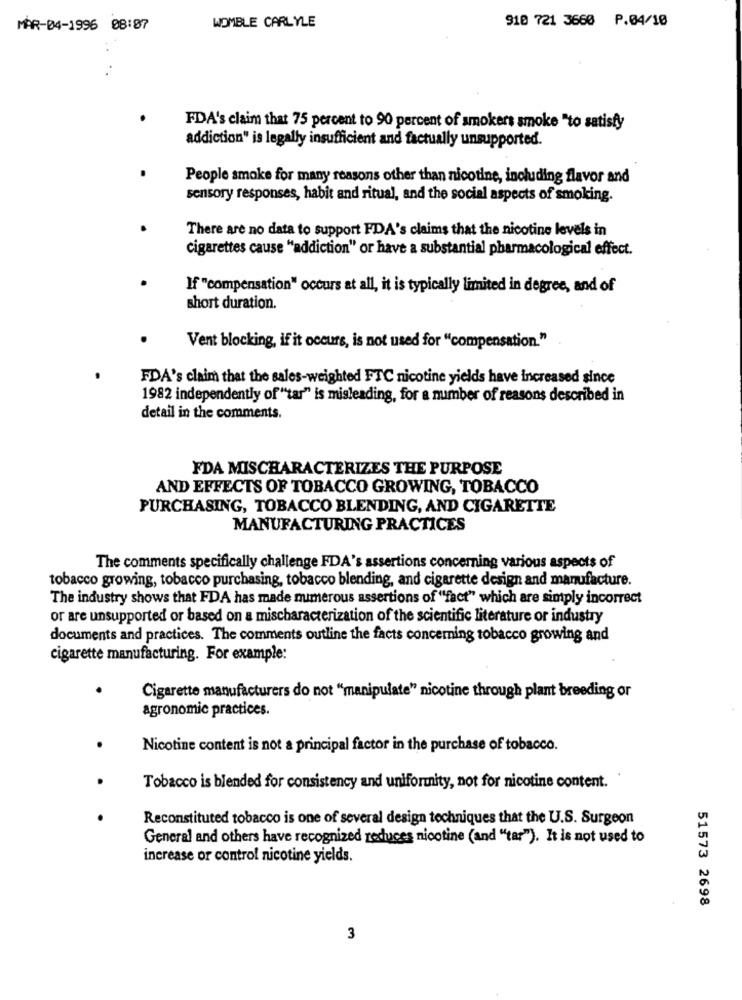
WOMBLE CARLYLE
910 721 3660 P.04/10
MAR-04-1996 08:07
FDA's claim that 75 percent to 90 percent of smokers smoke "to satisfy
addiction" is legally insufficient and factually unsupported.
People smoke for many reasons other than nicotine, including flavor and
sensory responses, habit and ritual, and the social aspects of smoking.
There are no data to support FDA's claims that the nicotine levels in
cigarettes cause "addiction" or have a substantial pharmacological effect.
If "compensation" occurs at all, it is typically limited in degree, and of
short duration.
Vent blocking, if it occurs, is not used for "compensation."
FDA's claim that the sales-weighted FTC nicotine yields have increased since
1982 independently of"tar" is misleading, for a number of reasons described in
detail in the comments.
FDA MISCHARACTERIZES THE PURPOSE
AND EFFECTS OF TOBACCO GROWING, TOBACCO
PURCHASING, TOBACCO BLENDING, AND CIGARETTE
MANUFACTURING PRACTICES
The comments specifically challenge FDA's assertions concerning various aspects of
tobacco growing, tobacco purchasing, tobacco blending, and cigarette design and manufacture.
The industry shows that FDA has made numerous assertions of ""fact" which are simply incorrect
or are unsupported or based on a mischaracterization of the scientific literature or industry
documents and practices. The comments outline the facts concerning tobacco growing and
cigarette manufacturing. For example:
Cigarette manufacturers do not "manipulate" nicotine through plant breeding or
agronomic practices.
Nicotine content is not a principal factor in the purchase of tobacco.
Tobacco is blended for consistency and uniformity, not for nicotine content.'
Reconstituted tobacco is one of several design techniques that the U.S. Surgeon
General and others have recognized reduces nicotine (and "tar"). It is not used to
increase or control nicotine yields.
51573 2698
3